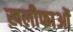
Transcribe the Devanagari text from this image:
ख़लीफाओं